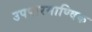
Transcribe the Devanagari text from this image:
उपपारमाण्विक